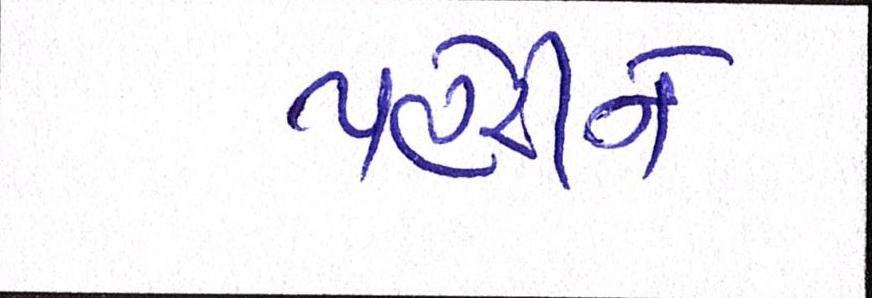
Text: પહેરીને